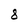
Character: 3